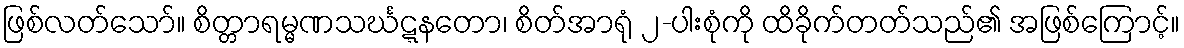
ဖြစ်လတ်သော်။ စိတ္တာရမ္မဏသင်္ဃဋ္ဋနတော၊ စိတ်အာရုံ ၂-ပါးစုံကို ထိခိုက်တတ်သည်၏ အဖြစ်ကြောင့်။